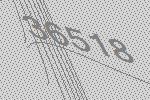
36518